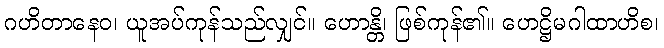
ဂဟိတာနေဝ၊ ယူအပ်ကုန်သည်လျှင်။ ဟောန္တိ၊ ဖြစ်ကုန်၏။ ဟေဋ္ဌိမဂါထာဟိစ၊